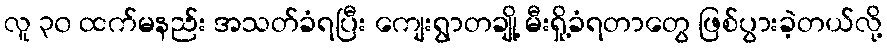
လူ ၃၀ ထက်မနည်း အသတ်ခံရပြီး ကျေးရွာတချို့ မီးရှို့ခံရတာတွေ ဖြစ်ပွားခဲ့တယ်လို့